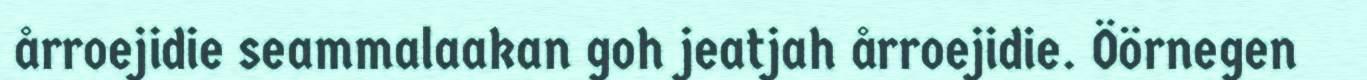
årroejidie seammalaakan goh jeatjah årroejidie. Öörnegen